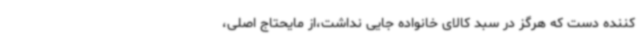
کننده دست که هرگز در سبد کالای خانواده جایی نداشت،از مایحتاج اصلی،